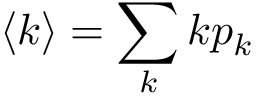
\langle k \rangle = \sum _ { k } k p _ { k }